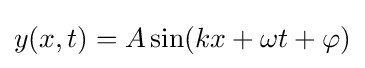
y(x,t)=A\sin(kx+\omega t+\varphi )